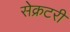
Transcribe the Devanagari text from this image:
सेेक्रटरी